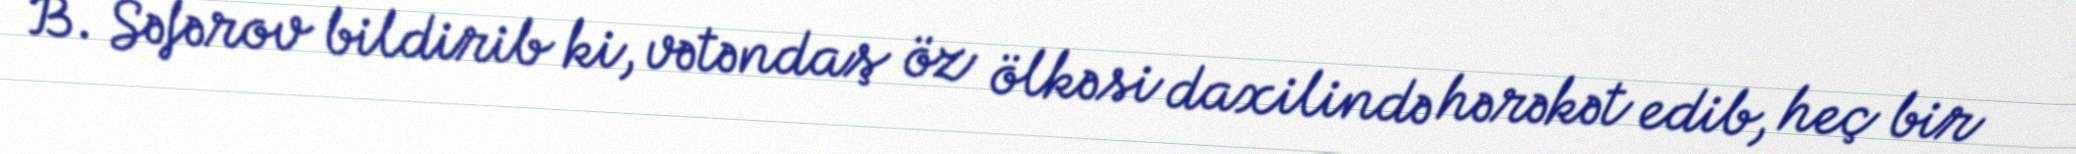
B. Səfərov bildirib ki, vətəndaş öz ölkəsi daxilində hərəkət edib, heç bir